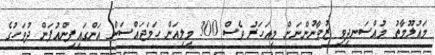
މައުލޫމާތު މުއްސަނދިވި ޒުވާނުންނަށް މިއަހަރު ވެސް 300 މިލިއަން ހަމަޖައްސަން އަންގައިފިންއުފަން ދުވަހުގެ